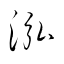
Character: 泓